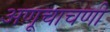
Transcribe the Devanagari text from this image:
अणूचाचणी